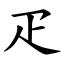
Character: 疋